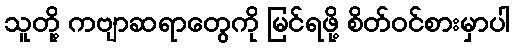
သူတို့ ကဗျာဆရာတွေကို မြင်ရဖို့ စိတ်ဝင်စားမှာပါ